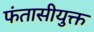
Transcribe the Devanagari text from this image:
फंतासीयुक्त